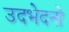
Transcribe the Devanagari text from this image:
उदभेदनो